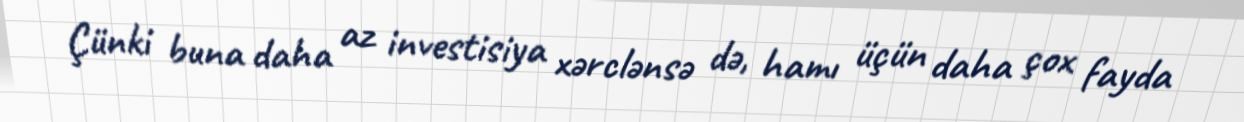
Çünki buna daha az investisiya xərclənsə də, hamı üçün daha çox fayda